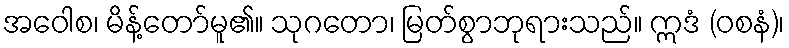
အဝေါစ၊ မိန့်တော်မူ၏။ သုဂတော၊ မြတ်စွာဘုရားသည်။ ဣဒံ (ဝစနံ)၊